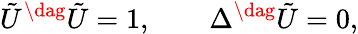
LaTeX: \tilde{U}^{\dag}\tilde{U}=1,\qquad\Delta^{\dag}\tilde{U}=0,